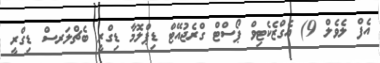
އެފް ލެވެލް 9) އެގްޒެކެޓިވް ޕޯސްޓް ގްރެޖުއޭޓް ޑިޕްލޮމާ ޑިގްރީ ބެޗްލަރސް ޑިގްރީ